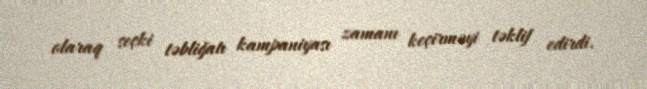
olaraq seçki təbliğatı kampaniyası zamanı keçirməyi təklif edirdi.